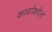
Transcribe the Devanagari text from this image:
कार्वाकोल